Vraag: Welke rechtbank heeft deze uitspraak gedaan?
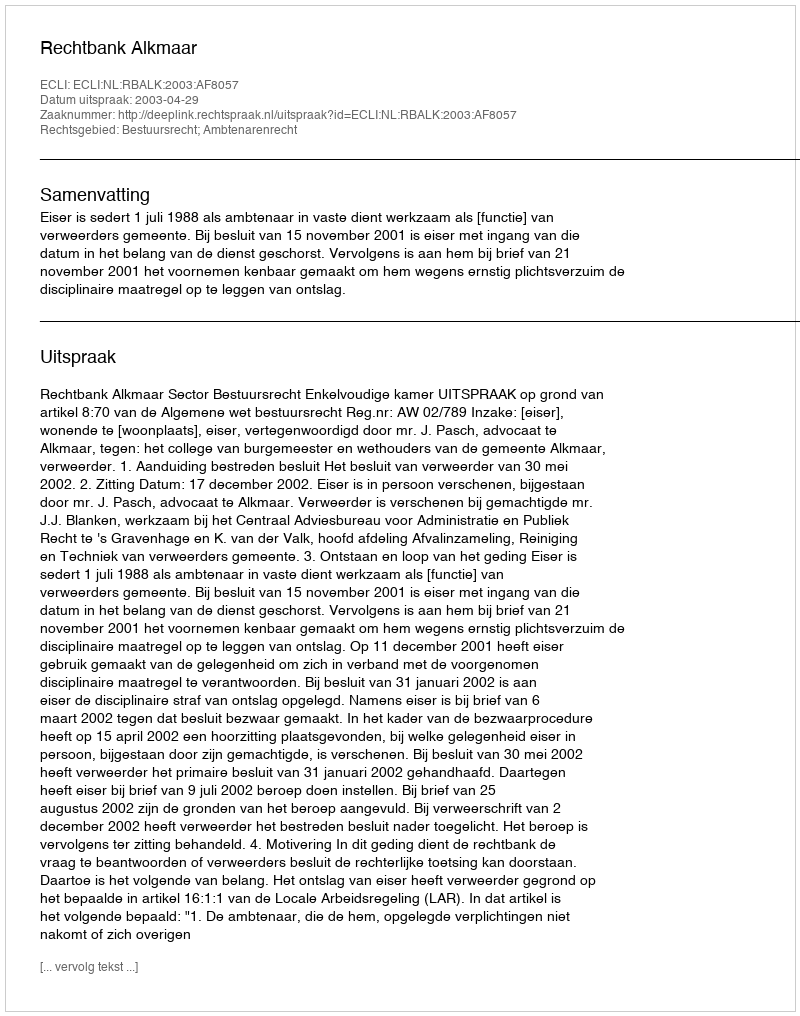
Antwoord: Rechtbank Alkmaar